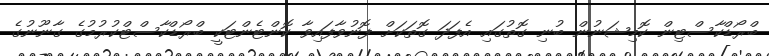
ބްރޯޑްކާސްޓިން ކޮމިޝަނުން ބުނި ގޮތުގައި އެފަދަ ގޮތަކަށް ފޮނުވާފައިވާ ކޮންޓެންޓަކީ ބްރޯޑްކާސްޓްކުރުމުގެ ގާނޫނުގެ